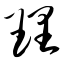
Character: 理